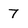
Character: 7